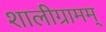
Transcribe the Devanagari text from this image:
शालीग्रामम्